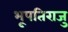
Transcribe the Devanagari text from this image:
भूपतिराजु